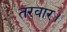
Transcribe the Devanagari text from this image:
तरवार।